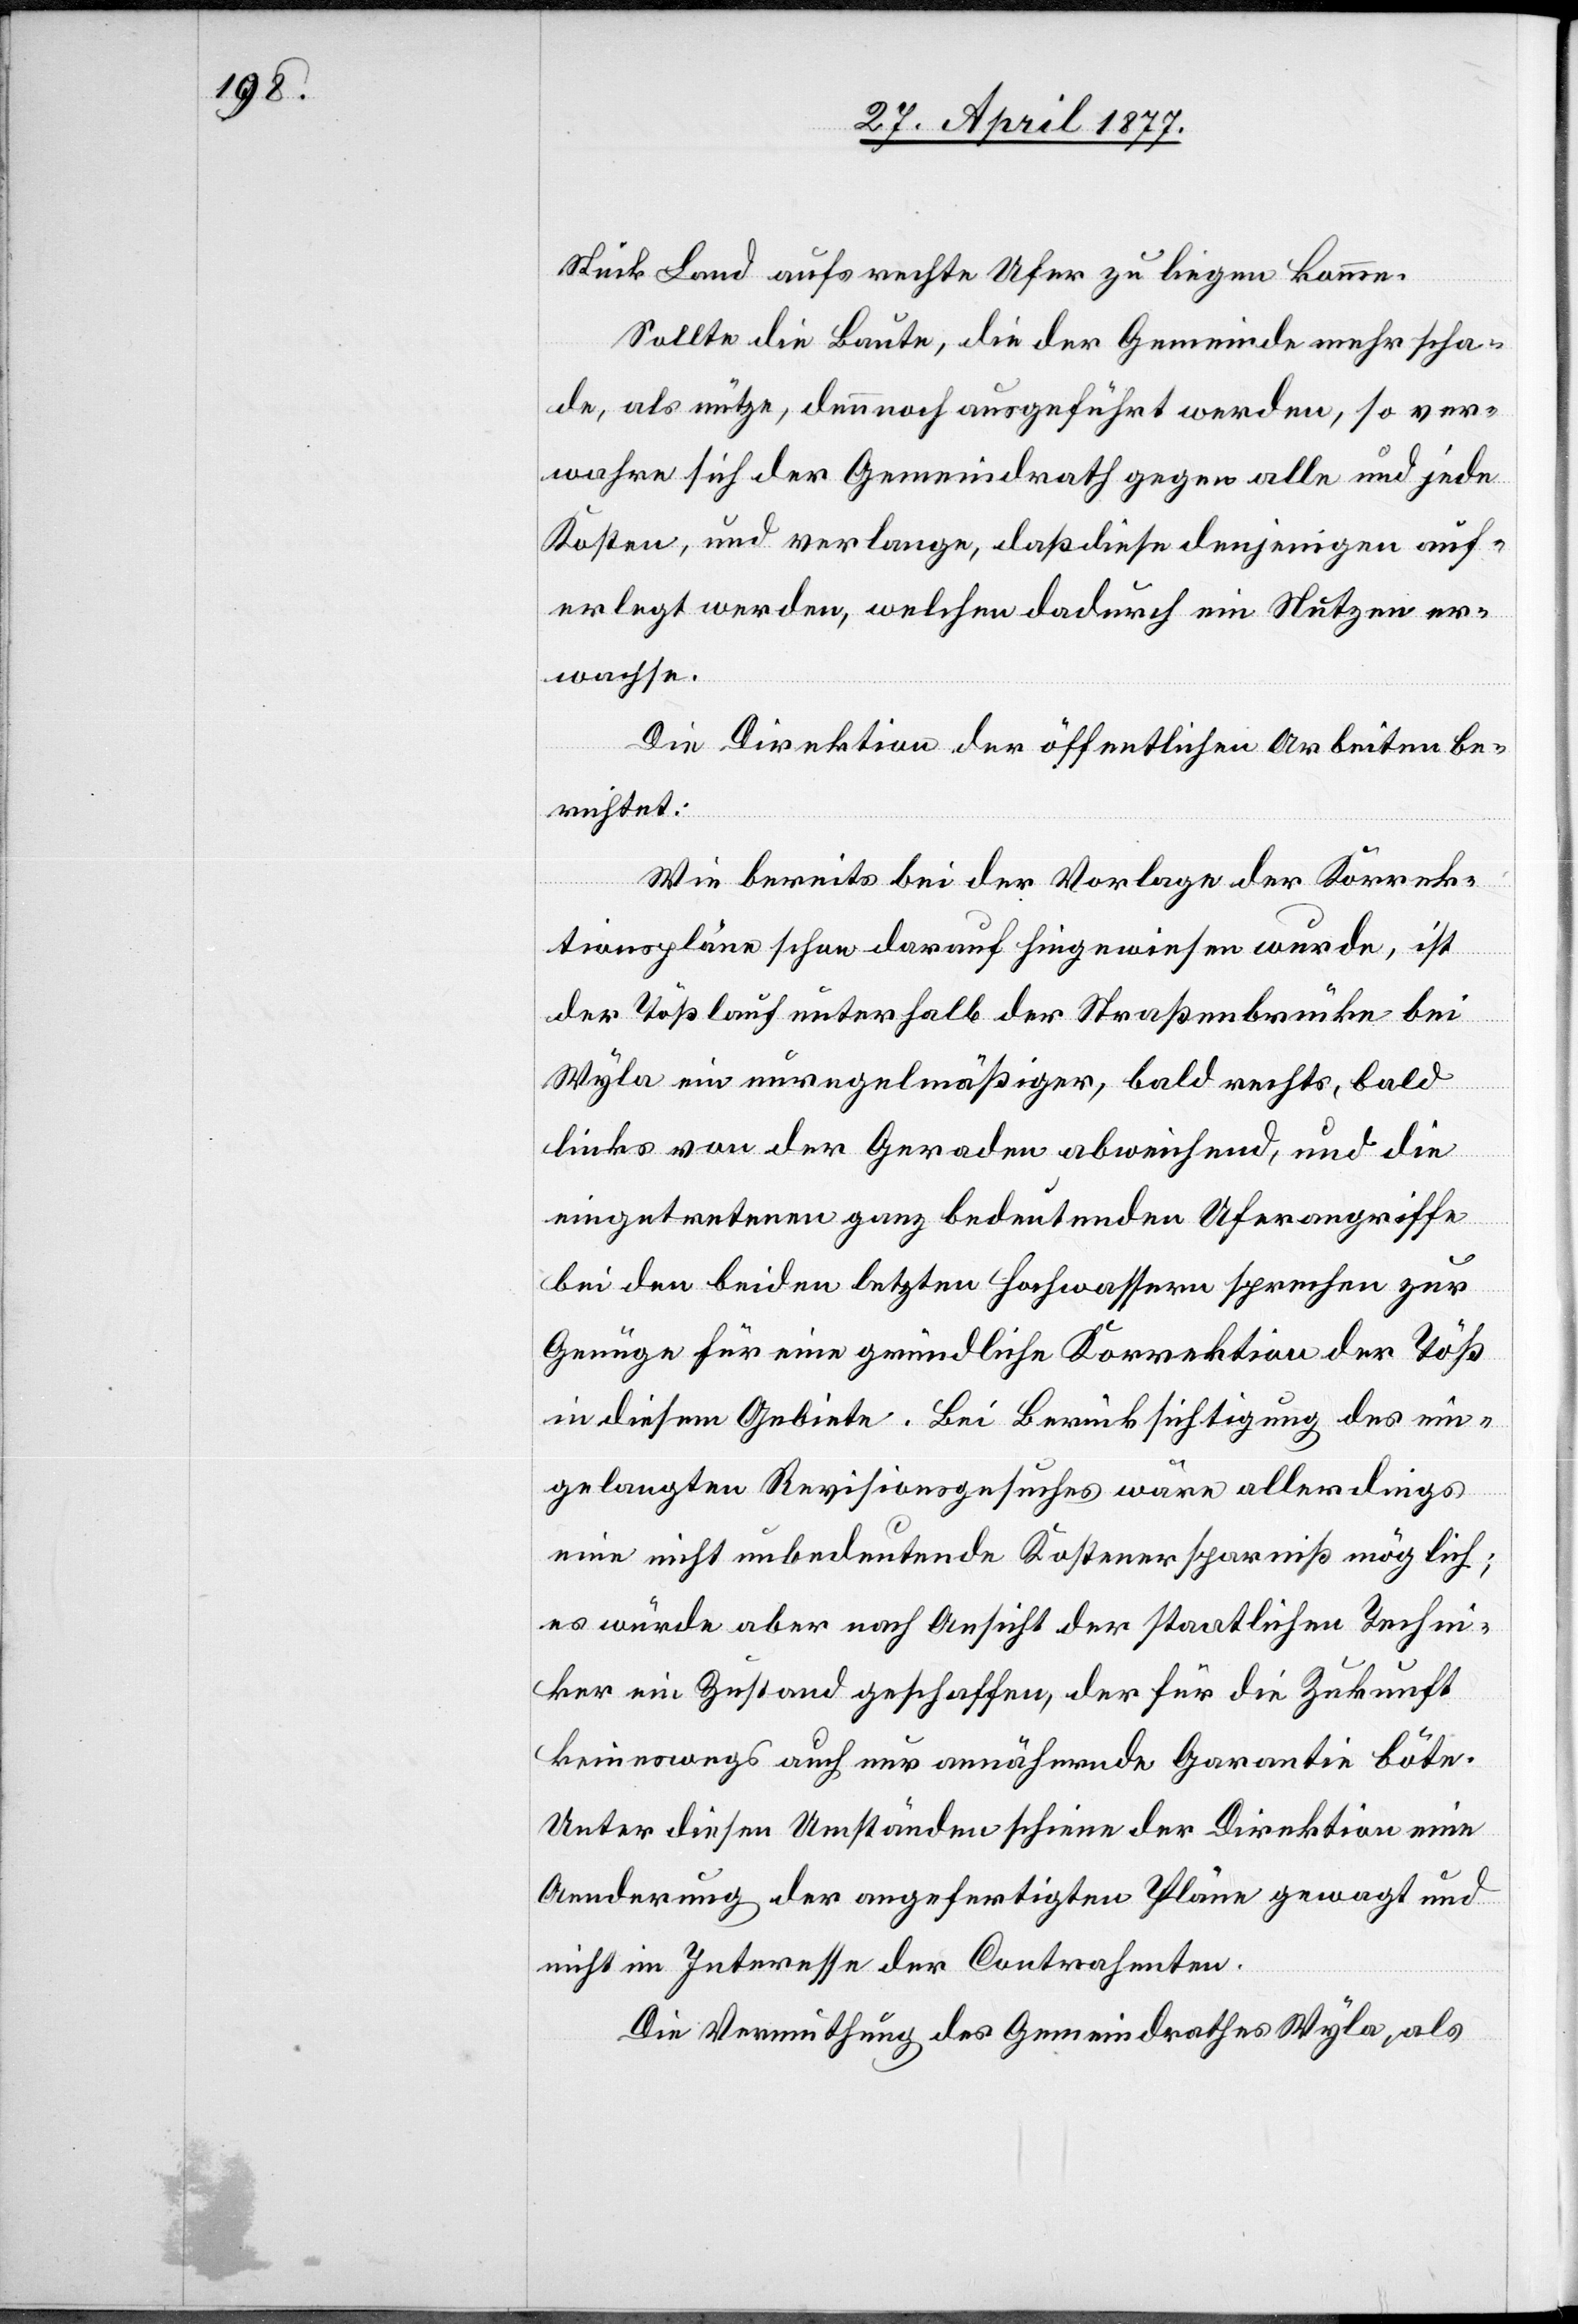
Stück Land aufs rechte Ufer zu liegen komme.
Sollte die Baute, die der Gemeinde mehr scha¬
de, als nütze, dennoch ausgeführt werden, so ver¬
wahre sich der Gemeindrath gegen alle und jede
Kosten, und verlange, daß diese denjenigen auf¬
erlegt werden, welchen dadurch ein Nutzen er¬
wachse.
Die Direktion der öffentlichen Arbeiten be¬
richtet:
Wie bereits bei der Vorlage der Korrek¬
tionspläne schon darauf hingewiesen wurde, ist
der Tößlauf unterhalb der Straßenbrücke bei
Wyla ein unregelmäßiger, bald rechts, bald
links von der Geraden abweichend, und die
eingetretenen ganz bedeutenden Uferangriffe
bei den beiden letzten Hochwassern sprechen zur
Genüge für eine gründliche Korrektion der Töß
in diesem Gebiete. Bei Berücksichtigung des ein¬
gelangten Revisionsgesuches wäre allerdings
eine nicht unbedeutende Kostenersparniß möglich;
es würde aber nach Ansicht der staatlichen Techni¬
ker ein Zustand geschaffen, der für die Zukunft
keineswegs auch nur annähernde Garantie böte.
Unter diesen Umständen schiene der Direktion eine
Aenderung der angefertigten Pläne gewagt und
nicht im Interesse der Contrahenten.
Die Vermuthung des Gemeindrathes Wyla, als